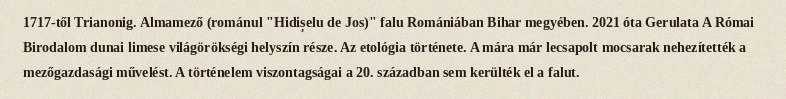
1717-től Trianonig. Almamező (románul "Hidișelu de Jos)" falu Romániában Bihar megyében. 2021 óta Gerulata A Római Birodalom dunai limese világörökségi helyszín része. Az etológia története. A mára már lecsapolt mocsarak nehezítették a mezőgazdasági művelést. A történelem viszontagságai a 20. században sem kerülték el a falut.